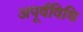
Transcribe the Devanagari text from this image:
अपूर्वविधि